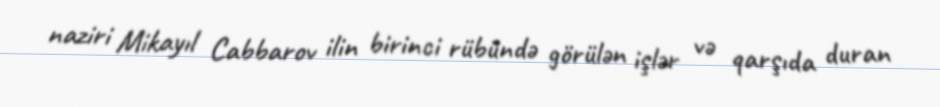
naziri Mikayıl Cabbarov ilin birinci rübündə görülən işlər və qarşıda duran